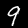
Digit: 9